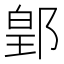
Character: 𨜔